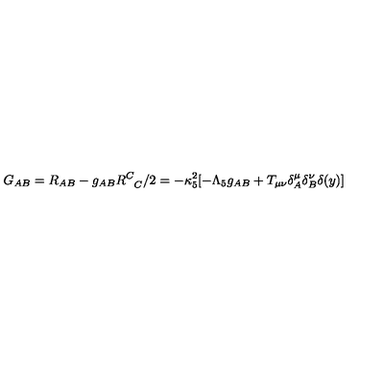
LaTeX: G _ { A B } = R _ { A B } - g _ { A B } R _ { \phantom { C } C } ^ { C } / 2 = - \kappa _ { 5 } ^ { 2 } [ - \Lambda _ { 5 } g _ { A B } + T _ { \mu \nu } \delta _ { A } ^ { \mu } \delta _ { B } ^ { \nu } \delta ( y ) ]